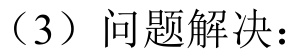
（3）问题解决：